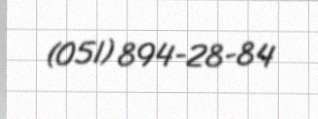
(051) 894-28-84